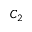
C _ { 2 }